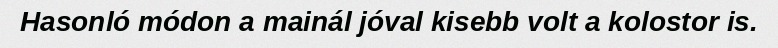
Hasonló módon a mainál jóval kisebb volt a kolostor is.